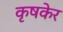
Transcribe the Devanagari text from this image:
कृषकेर